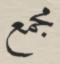
مجمع